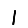
Digit: 1